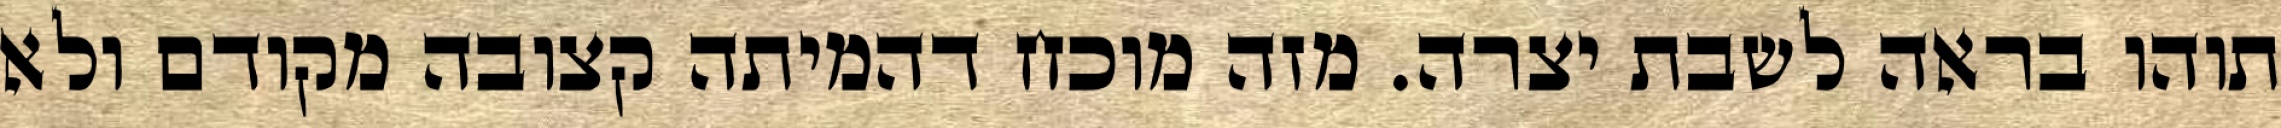
תוהו בראה לשבת יצרה. מזה מוכח דהמיתה קצובה מקודם ולא